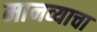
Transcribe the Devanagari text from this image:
मानव्याचा